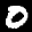
Label: 0